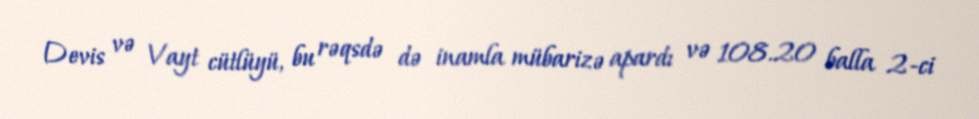
Devis və Vayt cütlüyü, bu rəqsdə də inamla mübarizə apardı və 108.20 balla 2-ci